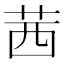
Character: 茜